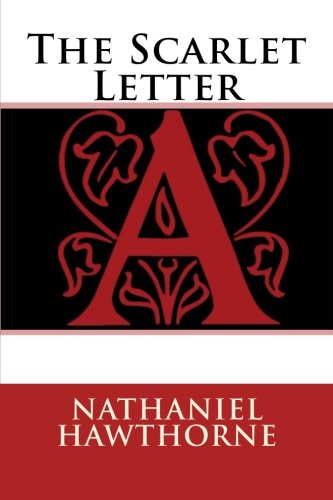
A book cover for The Scarlet Letter; Nathaniel Hawthorne; Literature & Fiction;